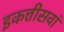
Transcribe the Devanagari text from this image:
इकत्तीसवां